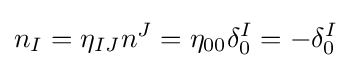
n_{I}=\eta _{IJ}n^{J}=\eta _{00}\delta _{0}^{I}=-\delta _{0}^{I}